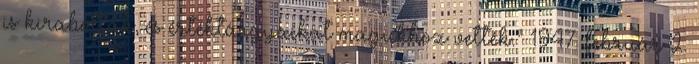
is kirabolták, és értéktárgyaikat magukhoz vették.” 1947. február 2.